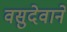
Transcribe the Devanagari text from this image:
वसुदेवाने